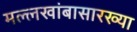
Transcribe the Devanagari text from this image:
मल्लखांबासारख्या